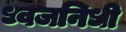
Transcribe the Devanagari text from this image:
ध्वजनिधी